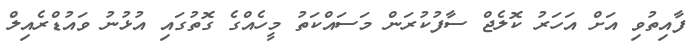
ފާއިތުވި އަށް އަހަރު ކޮލެޖް ސާފުކުރަން މަސައްކަތު މީހެއްގެ ގޮތުގައި އުޅުނު ވައުޑްރެއިލް